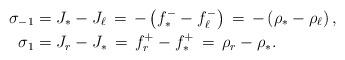
LaTeX: \begin{align*}\sigma_{-1} &= J_* - J_\ell \,=\, -\left( f^-_* - f^-_\ell\right) \,=\,-\left( \rho_* - \rho_\ell \right), \\\sigma_{1} &=J_r - J_* \,=\, f^+_r - f^+_* \, = \, \rho_r - \rho_*.\end{align*}